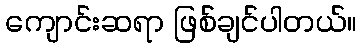
ကျောင်းဆရာ ဖြစ်ချင်ပါတယ်။